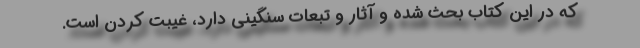
که در این کتاب بحث شده و آثار و تبعات سنگینی دارد، غیبت کردن است.